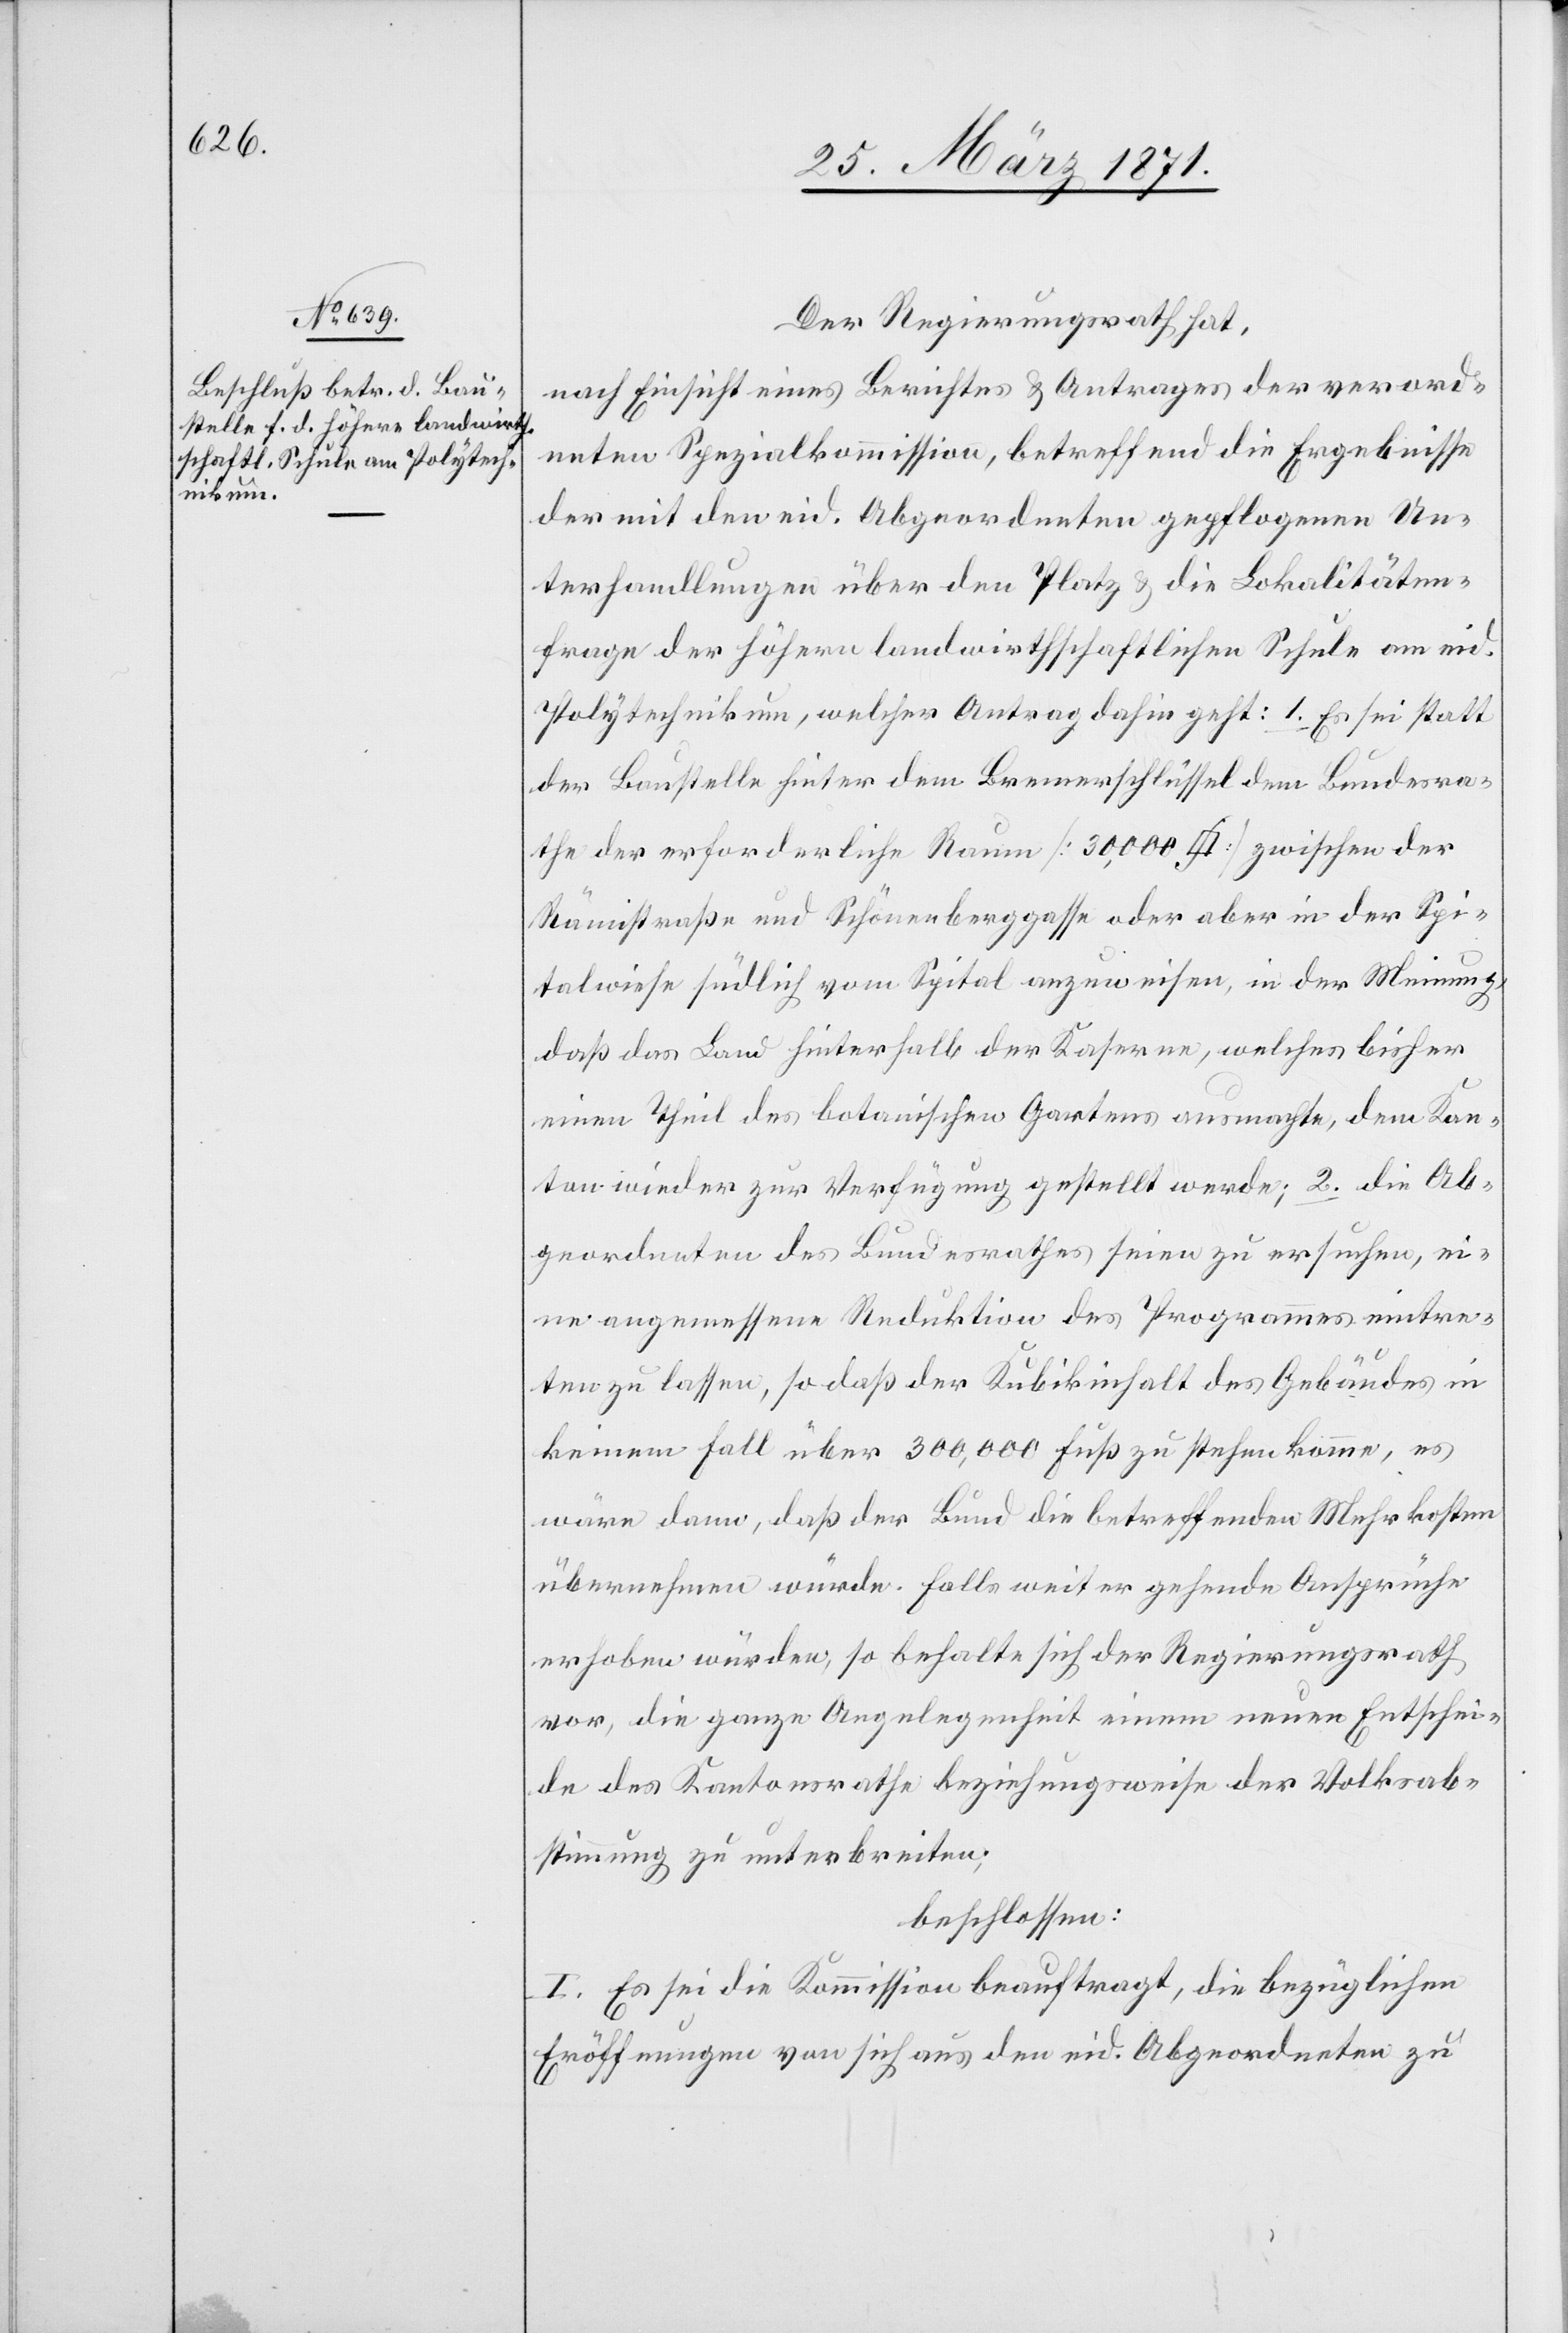
Der Regierungsrath hat,
nach Einsicht eines Berichtes u. Antrages der verord¬
neten Spezialkommission, betreffend die Ergebnisse
der mit den eid. Abgeordneten gepflogenen Un¬
terhandlungen über den Platz u. die Lokalitäten¬
frage der höhern landwirthschaftlichen Schule am eid.
Polytechnikum, welcher Antrag dahin geht: 1. Es sei statt
der Baustelle hinter dem Bremerschlüssel dem Bundesra¬
the der erforderliche Raum [30,000 [? Quadratfuss]] zwischen der
Rämistraße und Schönenberggasse oder aber in der Spi¬
talwiese südlich vom Spital anzuweisen, in der Meinung,
daß das Land hinterhalb der Kaserne, welches bisher
einen Theil des botanischen Gartens ausmachte, dem Kan¬
ton wieder zur Verfügung gestellt werde; 2. die Ab¬
geordneten des Bundesrathes seien zu ersuchen, ei¬
ne angemessene Reduktion des Programmes eintre¬
ten zu lassen, so daß der Kubikinhalt des Gebäudes in
keinem Fall über 300,000 Fuß zu stehen komme, es
wäre dann, daß der Bund die betreffenden Mehrkosten
übernehmen würde. Falls weitergehende Ansprüche
erhoben würden, so behalte sich der Regierungsrath
vor, die ganze Angelegenheit einem neuen Entschei¬
de des Kantonsrathe beziehungsweise der Volksab¬
stimmung zu unterbreiten;
beschlossen:
I. Es sei die Kommission beauftragt, die bezüglichen
Eröffnungen von sich aus den eid. Abgeordneten zu